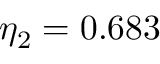
\eta _ { 2 } = 0 . 6 8 3